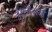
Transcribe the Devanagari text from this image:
इंटर्नैश्नल